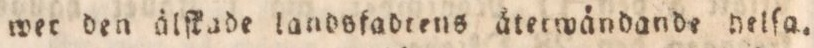
wer den älſkade landsfadtens äterwändande helſa.